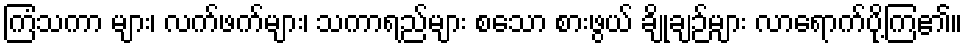
ကြံသကာ များ၊ လက်ဖက်များ၊ သကာရည်များ စသော စားဖွယ် ချိုချဉ်များ လာရောက်ပို့ကြ၏။